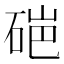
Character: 𬒏